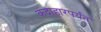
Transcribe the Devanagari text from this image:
कंदाहारपर्यंत